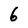
Character: 6